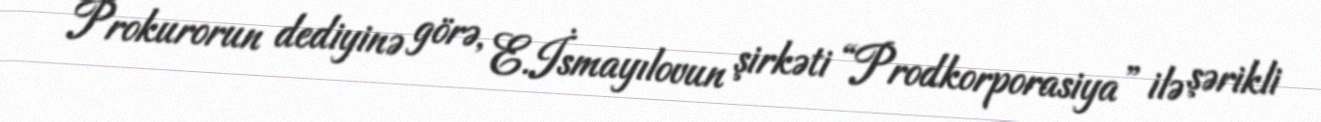
Prokurorun dediyinə görə, E.İsmayılovun şirkəti “Prodkorporasiya” ilə şərikli